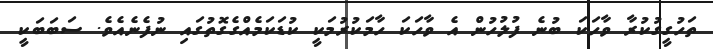
ތަހުގީގުކުރާ ވާހަކަ ބުނެ ފުލުހުން އެ ވާހަކަ ހާމަކުރުމަކީ ކުޑަކަމެއްގެގޮތުގައި ނުފެނެއެވެ. ސަބަބަކީ